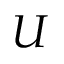
U